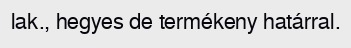
lak., hegyes de termékeny határral.